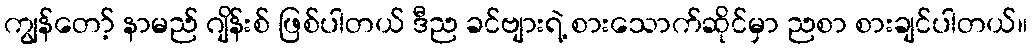
ကျွန်တော့် နာမည် ဂျိန်းစ် ဖြစ်ပါတယ် ဒီည ခင်ဗျားရဲ့ စားသောက်ဆိုင်မှာ ညစာ စားချင်ပါတယ်။